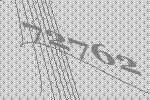
72762